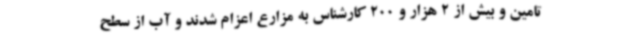
تامین و بیش از 2 هزار و 200 کارشناس به مزارع اعزام شدند و آب از سطح